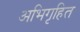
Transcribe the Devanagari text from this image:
अभिगृहित